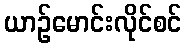
ယာဉ်မောင်းလိုင်စင်